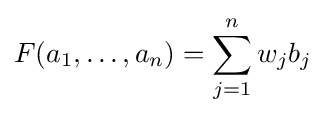
F(a_{1},\ldots ,a_{n})=\sum _{j=1}^{n}w_{j}b_{j}